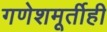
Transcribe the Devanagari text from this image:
गणेशमूर्तीही